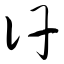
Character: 讦